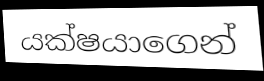
යක්ෂයාගෙන්